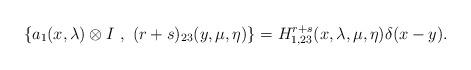
LaTeX: \begin{align*}\{a_1(x, \lambda) \otimes I~,~ (r +s)_{23}(y,\mu,\eta)\} = H^{r + s}_{1,23}(x, \lambda, \mu, \eta) \delta(x-y).\end{align*}